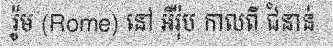
រ៉ូម (Rome) នៅ អឺរ៉ុប កាលពី ជំនាន់